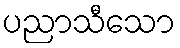
ပညာသီသော